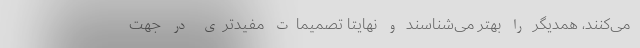
می‌کنند، همدیگر را بهتر می‌شناسند و نهایتا تصمیمات مفیدتری در جهت